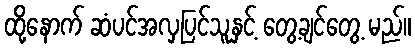
ထို့နောက် ဆံပင်အလှပြင်သူနှင့် တွေ့ချင်တွေ့ မည်။